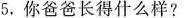
5.你爸爸长得什么样?